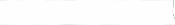
٨